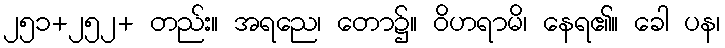
၂၅၁+၂၅၂+ တည်း။ အရညေ၊ တော၌။ ဝိဟရာမိ၊ နေရ၏။ ခေါ ပန၊